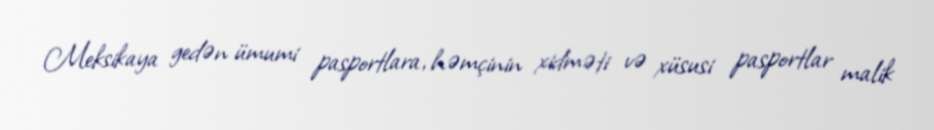
Meksikaya gedən ümumi pasportlara, həmçinin xidməti və xüsusi pasportlar malik